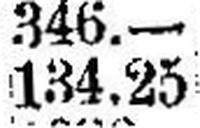
134.25